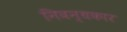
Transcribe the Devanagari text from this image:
निवन्धकार